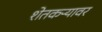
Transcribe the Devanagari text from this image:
शेतकऱ्यावर